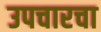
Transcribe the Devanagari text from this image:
उपचारचा